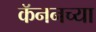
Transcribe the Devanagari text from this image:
कॅननच्या